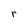
Character: r